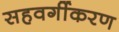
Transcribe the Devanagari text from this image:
सहवर्गीकरण